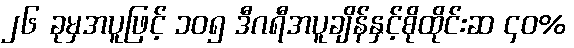
၂၆ ခုမှအပူဖြင့် ၁၀၅ ဒီဂရီအပူချိန်နှင့်စိုထိုင်းဆ ၄၀%